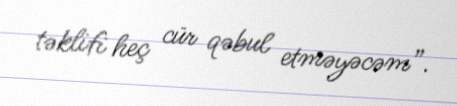
təklifi heç cür qəbul etməyəcəm”.